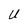
Character: U